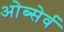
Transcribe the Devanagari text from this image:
ओब्सेर्व